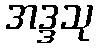
အဒ္ဒသု